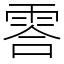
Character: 䨐